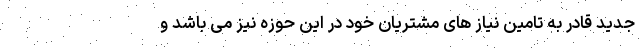
جدید قادر به تامین نیاز های مشتریان خود در این حوزه نیز می باشد و